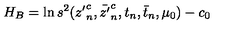
H _ { B } = \ln s ^ { 2 } ( { z ^ { \prime } } _ { n } ^ { c } , \bar { z ^ { \prime } } _ { n } ^ { c } , t _ { n } , \bar { t } _ { n } , \mu _ { 0 } ) - c _ { 0 }